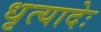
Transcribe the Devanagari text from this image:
धृत्यादेः